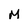
Character: M